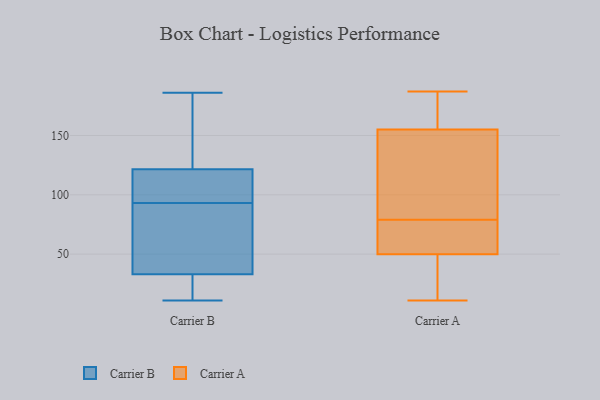
{"axis": {"x": "Inventory Turnover", "y": "Value"}, "legend": ["Carrier A", "Carrier B"], "data": [{"x": "", "y": 105, "type": "Carrier B"}, {"x": "", "y": 36, "type": "Carrier B"}, {"x": "", "y": 32, "type": "Carrier B"}, {"x": "", "y": 95, "type": "Carrier B"}, {"x": "", "y": 93, "type": "Carrier B"}, {"x": "", "y": 11, "type": "Carrier B"}, {"x": "", "y": 16, "type": "Carrier B"}, {"x": "", "y": 127, "type": "Carrier B"}, {"x": "", "y": 56, "type": "Carrier B"}, {"x": "", "y": 143, "type": "Carrier B"}, {"x": "", "y": 186, "type": "Carrier B"}, {"x": "", "y": 25, "type": "Carrier A"}, {"x": "", "y": 170, "type": "Carrier A"}, {"x": "", "y": 77, "type": "Carrier A"}, {"x": "", "y": 56, "type": "Carrier A"}, {"x": "", "y": 79, "type": "Carrier A"}, {"x": "", "y": 174, "type": "Carrier A"}, {"x": "", "y": 66, "type": "Carrier A"}, {"x": "", "y": 86, "type": "Carrier A"}, {"x": "", "y": 94, "type": "Carrier A"}, {"x": "", "y": 11, "type": "Carrier A"}, {"x": "", "y": 187, "type": "Carrier A"}, {"x": "", "y": 160, "type": "Carrier A"}, {"x": "", "y": 21, "type": "Carrier A"}, {"x": "", "y": 48, "type": "Carrier A"}, {"x": "", "y": 140, "type": "Carrier A"}, {"x": "", "y": 75, "type": "Carrier A"}, {"x": "", "y": 177, "type": "Carrier A"}, {"x": "", "y": 121, "type": "Carrier A"}, {"x": "", "y": 39, "type": "Carrier A"}]}